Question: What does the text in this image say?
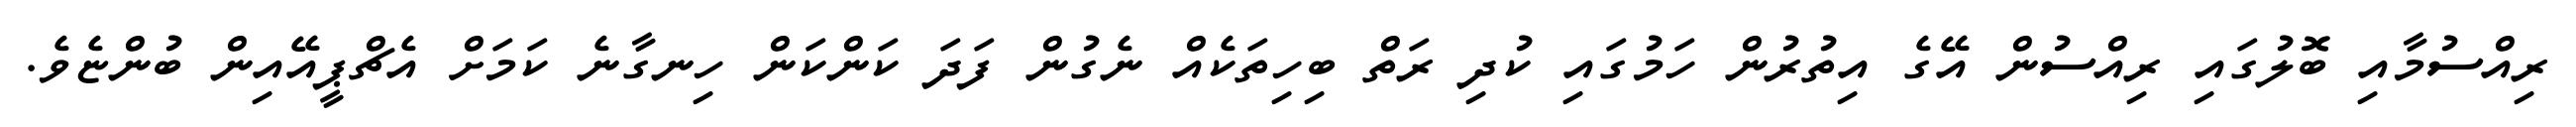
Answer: ރިއްސުމާއި ބޮލުގައި ރިއްސުން އޭގެ އިތުރުން ހަމުގައި ކުދި ރަތް ބިހިތަކެއް ނެގުން ފަދަ ކަންކަން ހިނގާނެ ކަމަށް އެޗްޕީއޭއިން ބުންޏެވެ.